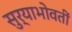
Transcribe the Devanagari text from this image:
सुर्याभोवतीं